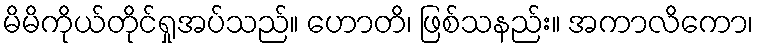
မိမိကိုယ်တိုင်ရှုအပ်သည်။ ဟောတိ၊ ဖြစ်သနည်း။ အကာလိကော၊